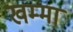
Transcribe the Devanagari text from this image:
खम्मा